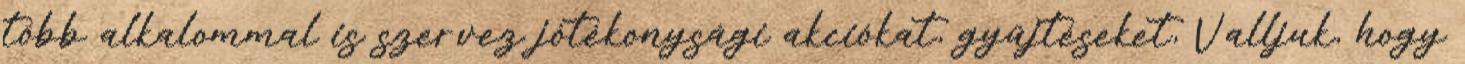
több alkalommal is szervez jótékonysági akciókat, gyűjtéseket, Valljuk, hogy